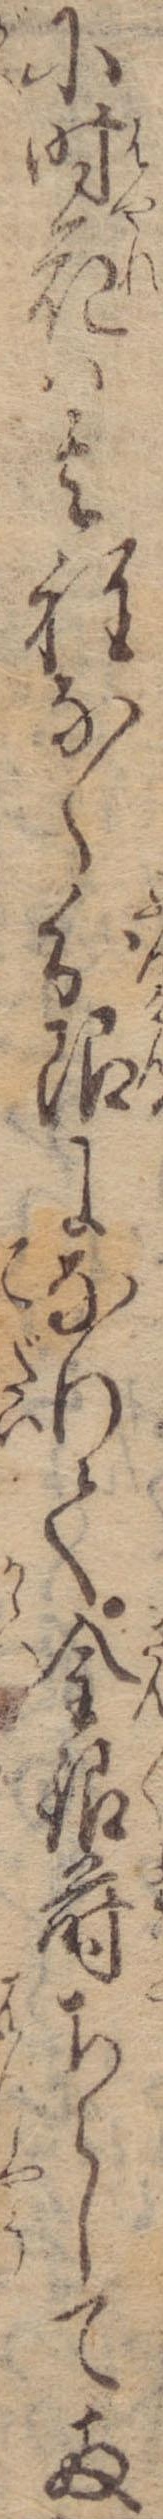
に時花は其程なく分限になりて金銀蒔ちらして両